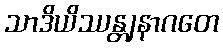
သာဒိယိဿန္တျနာဂတေ